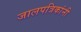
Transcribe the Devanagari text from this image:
जालपत्रिकांनी